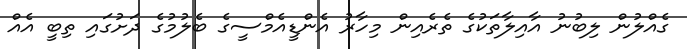
ގެއްލުން ލިބުނު އާއިލާތަކުގެ ތެރެއިން މިހާރު އެންޑީއެމްސީގެ ބެލުމުގެ ދަށުގައި ތިބީ އެއް